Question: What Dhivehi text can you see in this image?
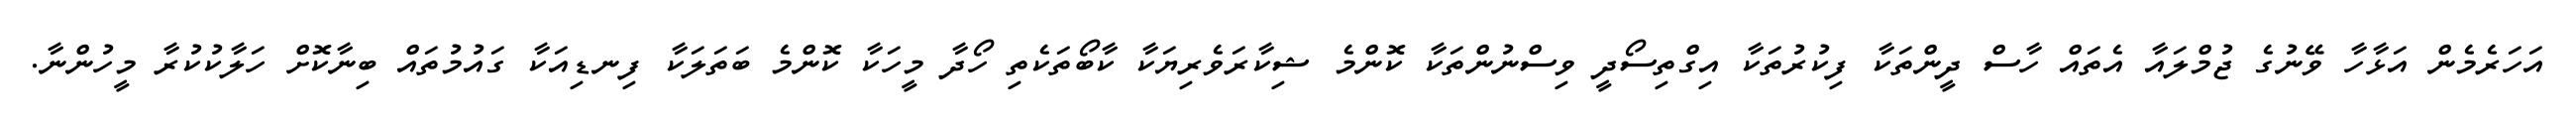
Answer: އަހަރެމެން އަޅާހާ ވޭނުގެ ޖުމްލައާ އެތައް ހާސް ދީންތަކާ ފިކުރުތަކާ އިގްތިސޯދީ ވިސްނުންތަކާ ކޮންމެ ޝިކާރަވެރިޔަކާ ކާބޯތަކެތި ހޯދާ މީހަކާ ކޮންމެ ބަތަލަކާ ފިނޑިއަކާ ގައުމުތައް ބިނާކޮށް ހަލާކުކުރާ މީހުންނާ.